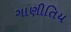
ગાણીતિય